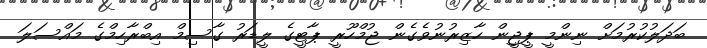
ބަދަލުކުރުމަށް ނިންމީ ޕީޖީން ހާޒިރުނުވެގެން ޖުމްހޫރީ ޕާޓީގެ ލީޑަރު ގާސިމް އިބްރާހިމްގެ މައްސަލަ